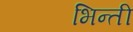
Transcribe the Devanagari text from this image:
भिन्ती